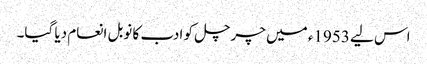
اس لیے 1953ء میں چرچل کو ادب کا نوبل انعام دیا گیا۔